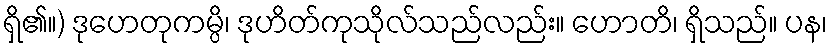
ရှိ၏။) ဒုဟေတုကမ္ပိ၊ ဒုဟိတ်ကုသိုလ်သည်လည်း။ ဟောတိ၊ ရှိသည်။ ပန၊